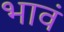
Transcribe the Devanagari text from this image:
भावं